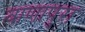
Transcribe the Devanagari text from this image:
बाणापुरा